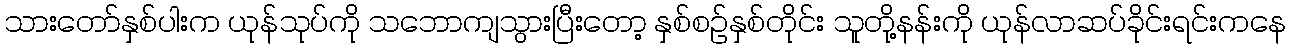
သားတော်နှစ်ပါးက ယုန်သုပ်ကို သဘောကျသွားပြီးတော့ နှစ်စဉ်နှစ်တိုင်း သူတို့နန်းကို ယုန်လာဆပ်ခိုင်းရင်းကနေ